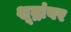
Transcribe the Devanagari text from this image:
शूद्रांवर